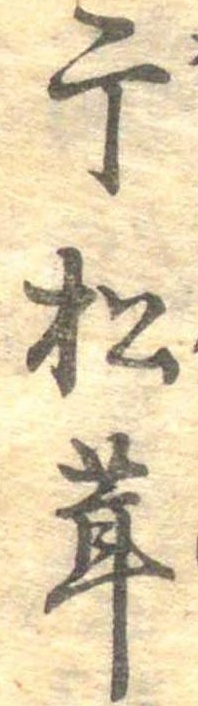
干松茸